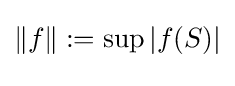
\|f\|:=\sup _{}|f(S)|